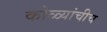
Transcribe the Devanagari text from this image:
कोळ्यांचीच